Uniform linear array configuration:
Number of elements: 16
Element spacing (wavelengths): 1
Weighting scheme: binomial
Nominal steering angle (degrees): -60
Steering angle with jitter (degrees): -59.389
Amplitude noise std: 0.05
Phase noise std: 0.05

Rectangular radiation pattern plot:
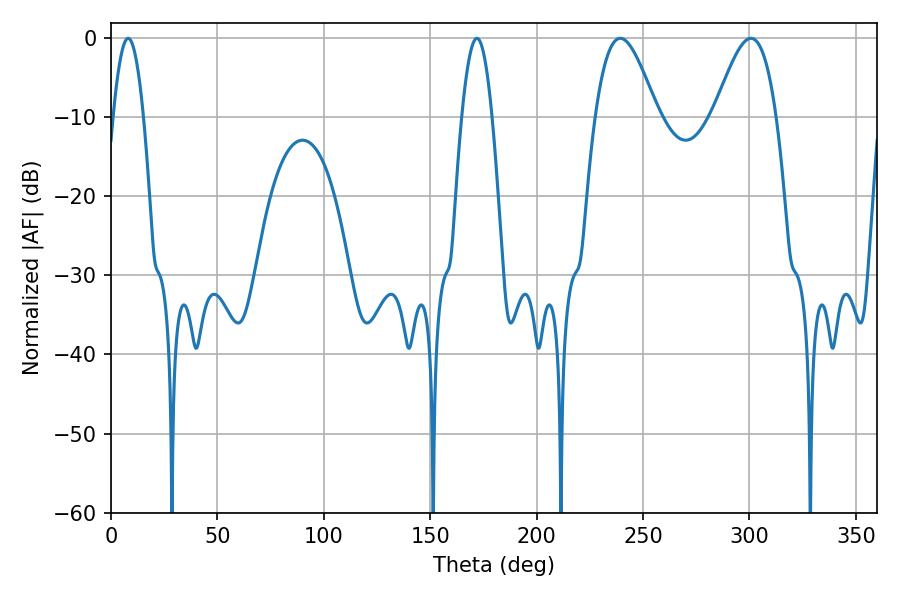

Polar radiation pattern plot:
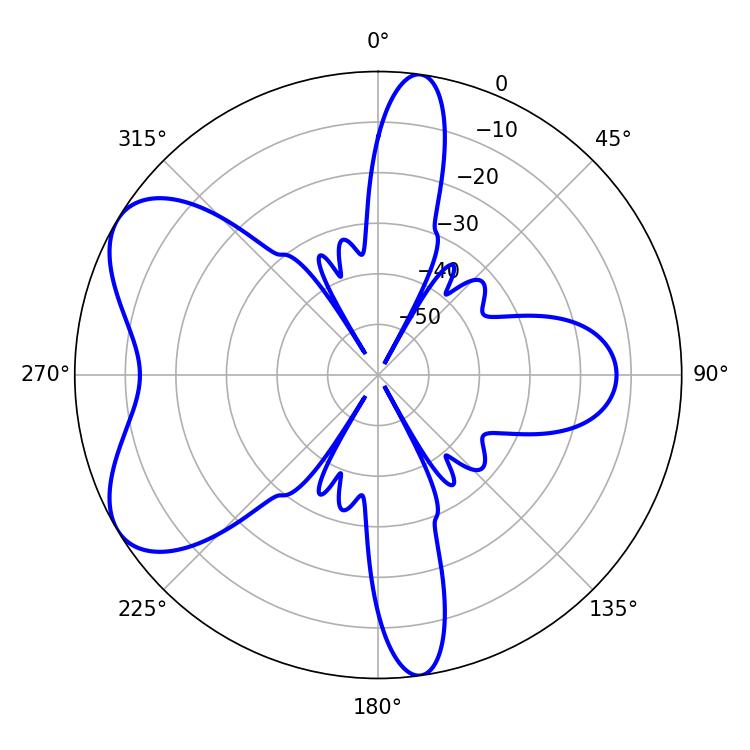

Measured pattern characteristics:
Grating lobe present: TRUE
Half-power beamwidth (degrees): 15.66
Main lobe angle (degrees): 239.22